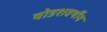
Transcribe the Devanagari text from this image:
षोडशवर्षीय